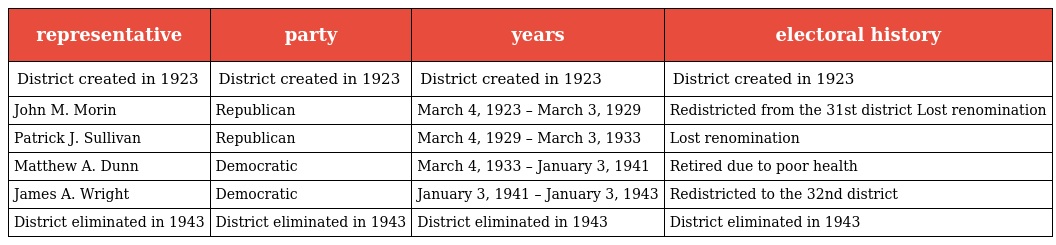
| representative | party | years | electoral history |
 | --- | --- | --- | --- |
 | District created in 1923 | District created in 1923 | District created in 1923 | District created in 1923 |
 | John M. Morin | Republican | March 4, 1923 – March 3, 1929 | Redistricted from the 31st district Lost renomination |
 | Patrick J. Sullivan | Republican | March 4, 1929 – March 3, 1933 | Lost renomination |
 | Matthew A. Dunn | Democratic | March 4, 1933 – January 3, 1941 | Retired due to poor health |
 | James A. Wright | Democratic | January 3, 1941 – January 3, 1943 | Redistricted to the 32nd district |
 | District eliminated in 1943 | District eliminated in 1943 | District eliminated in 1943 | District eliminated in 1943 |